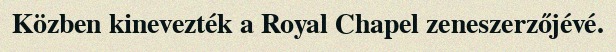
Közben kinevezték a Royal Chapel zeneszerzőjévé.